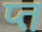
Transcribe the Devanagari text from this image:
प्त